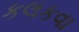
કલકવા